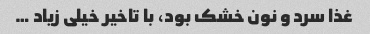
غذا سرد و نون خشک بود، با تاخیر خیلی زیاد …